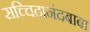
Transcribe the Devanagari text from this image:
सच्चिदानंदबाबा